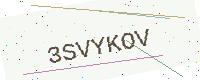
Text: 3SVYKOV